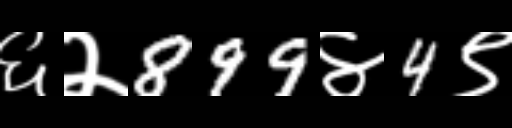
Text: ६२899४4९